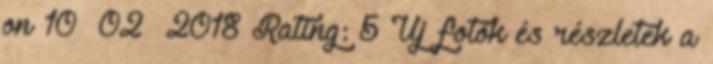
on 10 02 2018 Rating: 5 Új fotók és részletek a